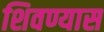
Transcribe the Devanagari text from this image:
शिवण्यास